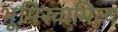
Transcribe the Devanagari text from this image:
भूमिस्वामित्व